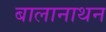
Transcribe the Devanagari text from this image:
बालानाथन